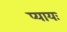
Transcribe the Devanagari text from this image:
प्यायः